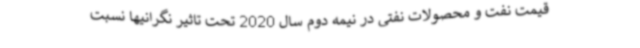
قیمت نفت و محصولات نفتی در نیمه دوم سال 2020 تحت تاثیر نگرانیها نسبت